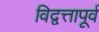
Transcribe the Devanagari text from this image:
विद्वत्तापूर्व